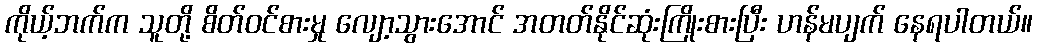
ကိုယ့်ဘက်က သူတို့ စိတ်ဝင်စားမှု လျော့သွားအောင် အတတ်နိုင်ဆုံးကြိုးစားပြီး ဟန်မပျက် နေရပါတယ်။